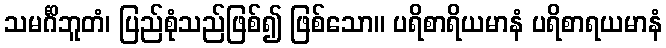
သမင်္ဂိဘူတံ၊ ပြည်စုံသည်ဖြစ်၍ ဖြစ်သော။ ပရိစာရိယမာနံ ပရိစာရယမာနံ